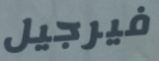
فيرجيل